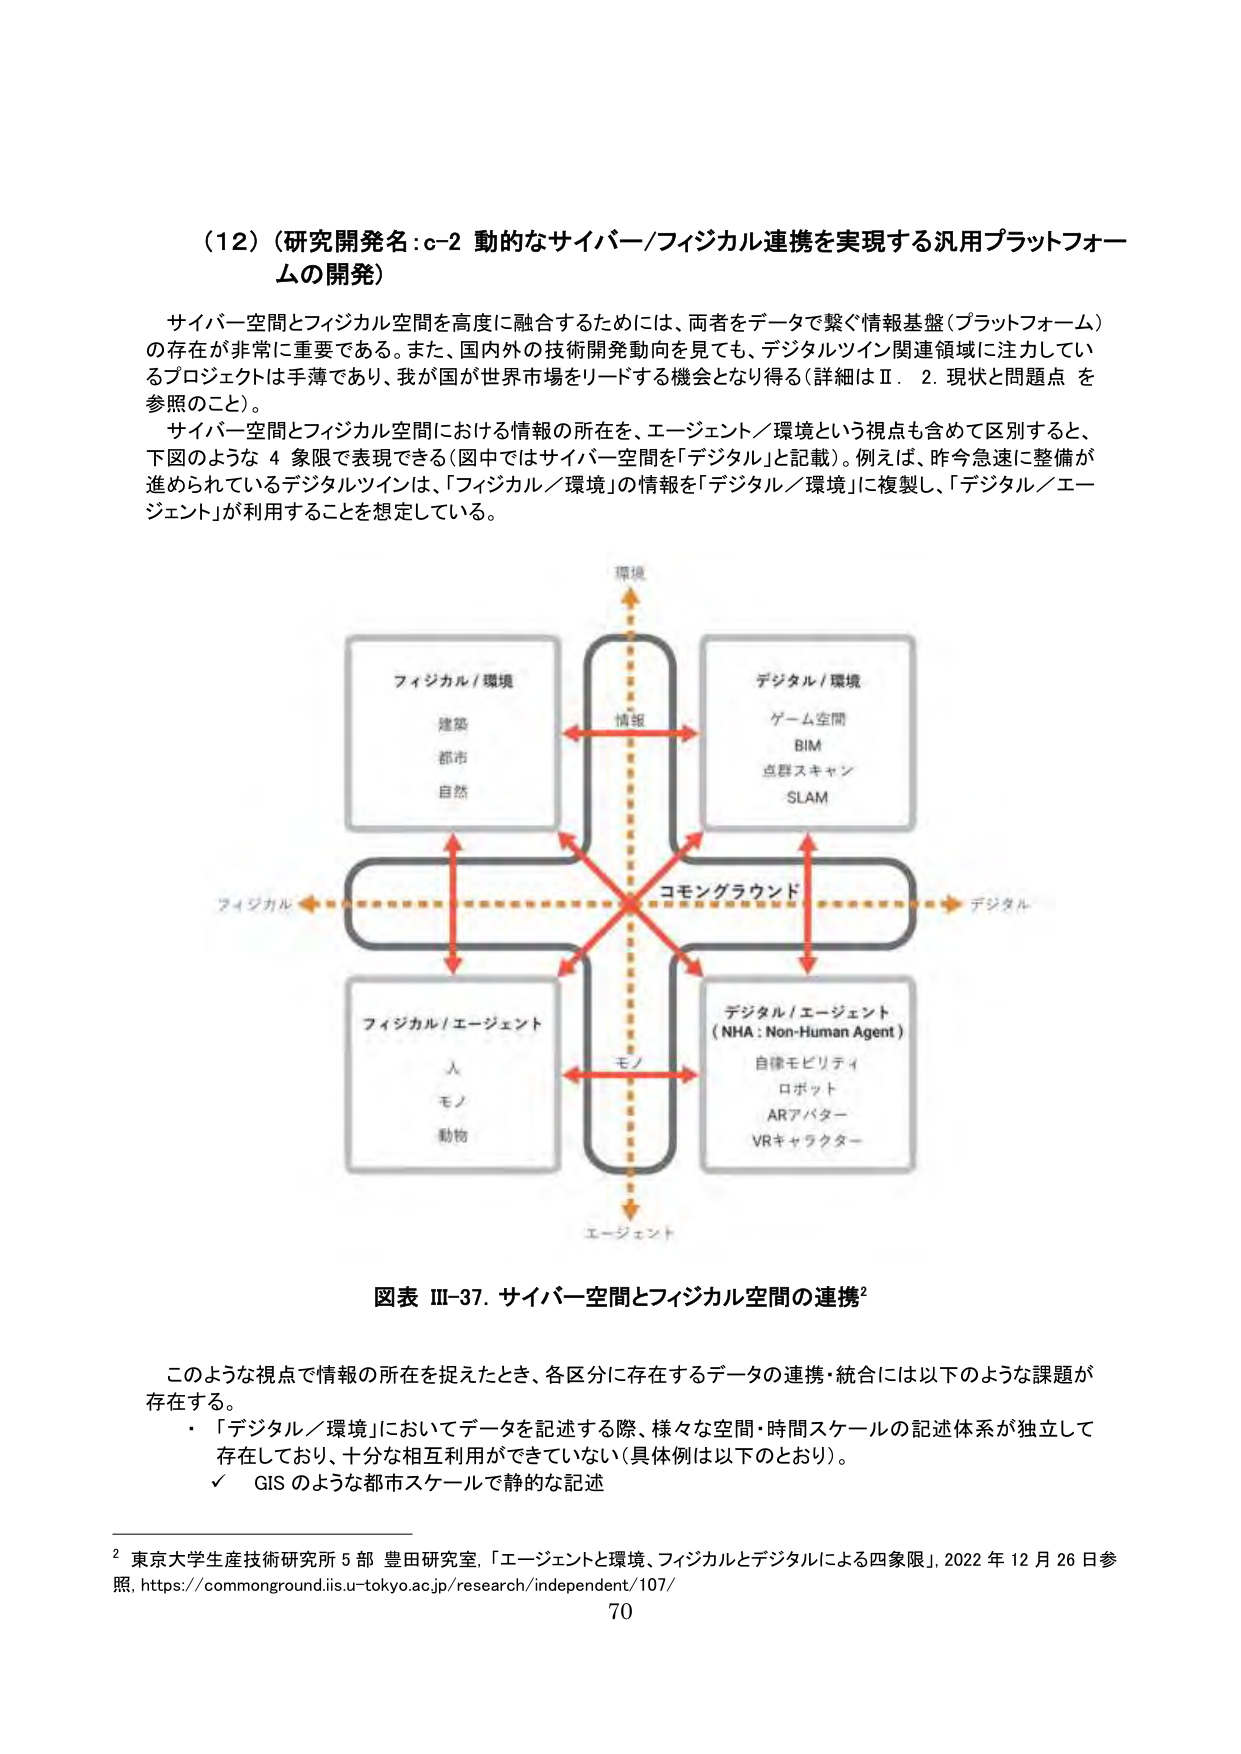
（12）（研究開発名：c-2 動的なサイバー／フィジカル連携を実現する汎用プラットフォームの開発）

サイバー空間とフィジカル空間を高度に融合するためには、両者をデータで繋ぐ情報基盤（プラットフォーム）の存在が非常に重要である。また、国内外の技術開発動向を見ても、デジタルツイン関連領域に注力しているプロジェクトは手薄であり、我が国が世界市場をリードする機会となり得る（詳細はⅡ．2．現状と問題点を参照のこと）。

サイバー空間とフィジカル空間における情報の所在を、エージェント／環境という視点も含めて区別すると、下図のような4象限で表現できる（図中ではサイバー空間を「デジタル」と記載）。例えば、昨今急速に整備が進められているデジタルツインは、「フィジカル／環境」の情報を「デジタル／環境」に複製し、「デジタル／エージェント」が利用することを想定している。

環境
↑
情報
←→
フィジカル／環境　　　　　　　　デジタル／環境
　　建築　　　　　　　　　　　　　　ゲーム空間
　　都市　　　　　　　　　　　　　　BIM
　　自然　　　　　　　　　　　　　　点群スキャン
　　　　　　　　　　　　　　　　　　SLAM
←→　コモングラウンド　→
フィジカル　　　　　　　　　　　　　　デジタル
↓
フィジカル／エージェント　　　　　　デジタル／エージェント
　　人　　　　　　　　　　　　　　　　（NHA：Non-Human Agent）
　　モノ　　　　　　　　　　　　　　　　自律モビリティ
　　動物　　　　　　　　　　　　　　　　ロボット
　　　　　　　　　　　　　　　　　　ARアバター
　　　　　　　　　　　　　　　　　　VRキャラクター
↓
エージェント

図表 Ⅲ-37．サイバー空間とフィジカル空間の連携²

このような視点で情報の所在を捉えたとき、各区区分に存在するデータの連携・統合には以下のような課題が存在する。
・「デジタル／環境」においてデータを記述する際、様々な空間・時間スケールの記述体系が独立して存在しており、十分な相互利用ができていない（具体例は以下のとおり）。
　✓ GISのような都市スケールで静的な記述

² 東京大学生産技術研究所5部 豊田研究室、「エージェントと環境、フィジカルとデジタルによる四象限」、2022年12月26日参照。https://commonground.iis.u-tokyo.ac.jp/research/independent/107/

70